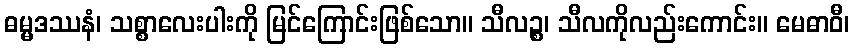
ဓမ္မဒဿနံ၊ သစ္စာလေးပါးကို မြင်ကြောင်းဖြစ်သော။ သီလဉ္စ၊ သီလကိုလည်းကောင်း။ မေဓာဝီ၊